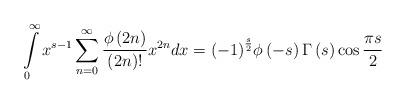
LaTeX: \begin{align*}\int\limits_0^\infty {{x^{s - 1}}\sum\limits_{n = 0}^\infty {\frac{{\phi \left( {2n} \right)}}{{\left( {2n} \right)!}}{x^{2n}}dx = {{\left( { - 1} \right)}^{\frac{s}{2}}}} } \phi \left( { - s} \right)\Gamma \left( s \right)\cos \frac{{\pi s}}{2} \end{align*}